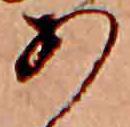
あ